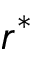
r ^ { * }